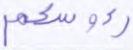
رءوسكم